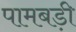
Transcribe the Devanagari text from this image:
पामबड़ी